Document type: Enfranchisement
Year: 1297
Scribe: Jaume de Trilla
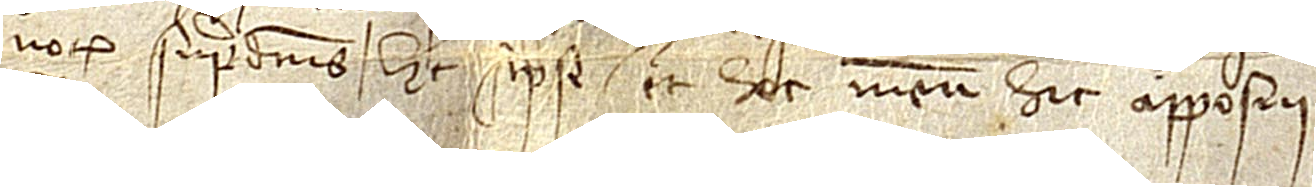
notarius supradictus, hec scripsi et hoc meum hic apposui